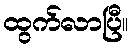
ထွက်လာပြီ။